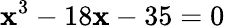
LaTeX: \mathbf{x}^{3}-18\mathbf{x}-35=0